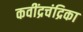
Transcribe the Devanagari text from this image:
कवींद्रचंद्रिका